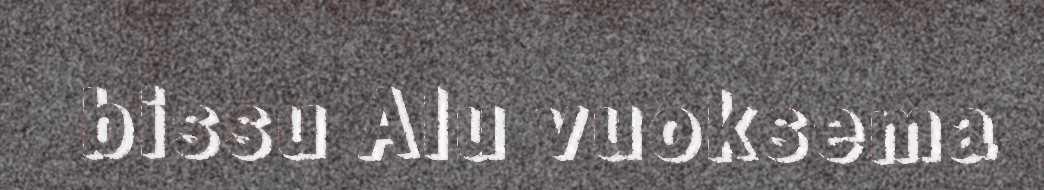
bissu Alu vuoksema